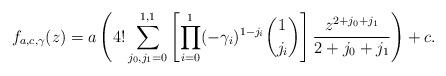
LaTeX: \begin{align*} f_{a,c,\gamma}(z) = a \left( 4! \sum_{j_0, j_1 = 0} ^ {1, 1} \left[ \prod_{i = 0}^{1} (-\gamma_i)^{1-j_i} \binom{1}{j_i} \right] \frac{z^{2+j_0+j_1}}{2 + j_0 + j_1} \right) + c.\end{align*}